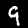
Label: 9